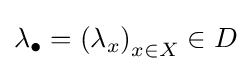
\lambda _{\bullet }=\left(\lambda _{x}\right)_{x\in X}\in D